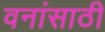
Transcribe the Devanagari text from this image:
वनांसाठी